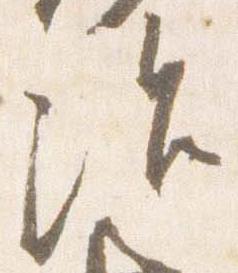
治